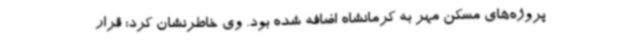
پروژه‌های مسکن مهر به کرمانشاه اضافه شده بود. وی خاطرنشان کرد: قرار